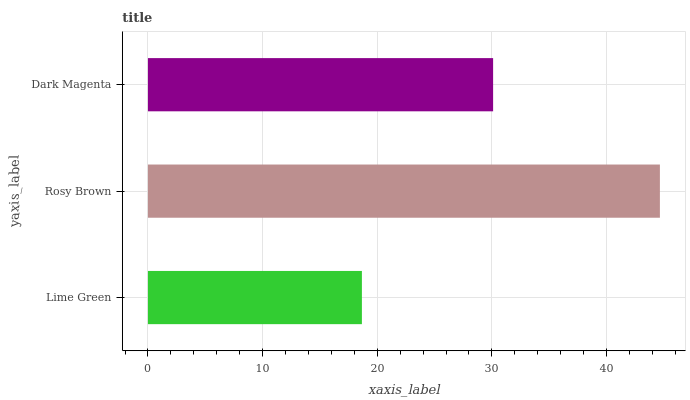
| yaxis_label | bars |
 | --- | --- |
 | Lime Green | 18.7 |
 | Rosy Brown | 44.7 |
 | Dark Magenta | 30.1 |